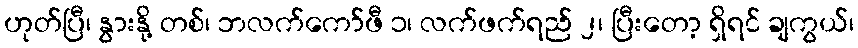
ဟုတ်ပြီ၊ နွားနို့ တစ်၊ ဘလက်ကော်ဖီ ၁၊ လက်ဖက်ရည် ၂၊ ပြီးတော့ ရှိရင် ချကွယ်၊